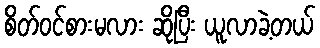
စိတ်ဝင်စားမလား ဆိုပြီး ယူလာခဲ့တယ်